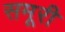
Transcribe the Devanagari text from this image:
समूरी